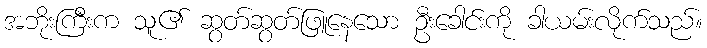
အဘိုးကြီးက သူ၏ ဆွတ်ဆွတ်ဖြူနေသော ဦးခေါင်းကို ခါယမ်းလိုက်သည်။